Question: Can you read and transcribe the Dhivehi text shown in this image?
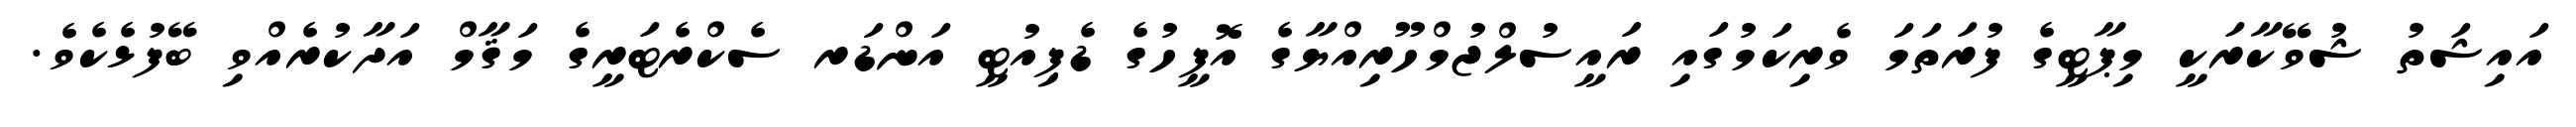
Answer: އައިޝަތު ޝުވޭކާރަކީ މިޕާޓީގެ ފުރަތަމަ ވެރިކަމުގައި ރައީސުލްޖުމްހޫރިއްޔާގެ އޮފީހުގެ ޑެޕިއުޓީ އަންޑަރ ސެކްރެޓަރީގެ މަޤާމް އަދާކުރެއްވި ބޭފުޅެކެވެ.